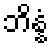
ဘိန္နံ